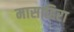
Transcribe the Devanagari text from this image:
मासाहिरा